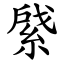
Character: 䋯